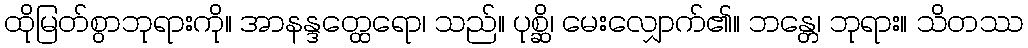
ထိုမြတ်စွာဘုရားကို။ အာနန္ဒတ္ထေရော၊ သည်။ ပုစ္ဆိ၊ မေးလျှောက်၏။ ဘန္တေ၊ ဘုရား။ သိတဿ